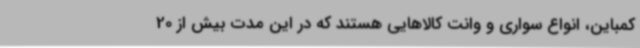
کمباین، انواع سواری و وانت کالاهایی هستند که در این مدت بیش از 20